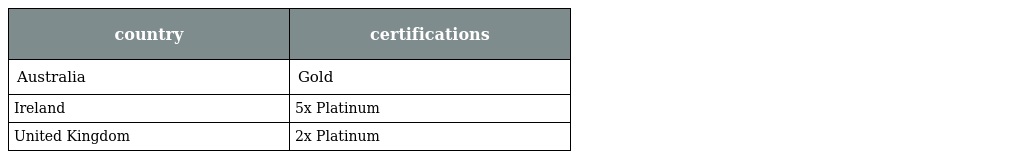
| country | certifications |
 | --- | --- |
 | Australia | Gold |
 | Ireland | 5x Platinum |
 | United Kingdom | 2x Platinum |